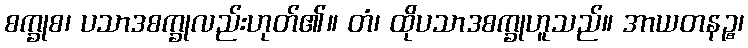
စက္ခုစ၊ ပသာဒစက္ခုလည်းဟုတ်၏။ တံ၊ ထိုပသာဒစက္ခုဟူသည်။ အာယတနဉ္စ၊